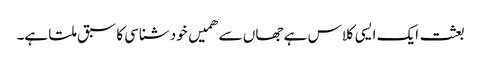
بعثت ایک ایسی کلاس ہے جھاں سے ھمیں خودشناسی کا سبق ملتا ہے۔